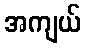
အကျယ်